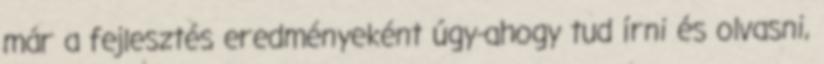
már a fejlesztés eredményeként úgy-ahogy tud írni és olvasni,